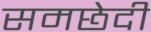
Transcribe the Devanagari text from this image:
समछेदी